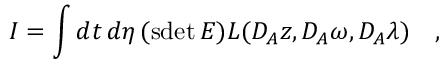
I = \int d t \, d \eta \, ( \mathrm { s d e t } \, E ) { \cal L } ( { \cal D } _ { A } z , { \cal D } _ { A } \omega , { \cal D } _ { A } \lambda ) \quad ,